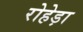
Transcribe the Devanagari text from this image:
रोहेड़ा